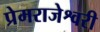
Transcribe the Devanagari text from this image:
प्रेमराजेश्वरी